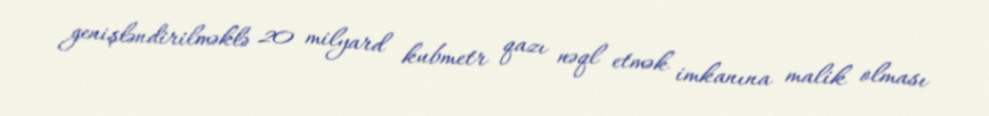
genişləndirilməklə 20 milyard kubmetr qazı nəql etmək imkanına malik olması